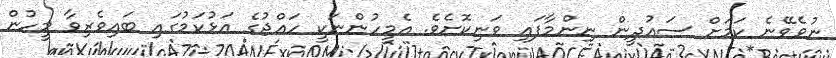
ނުވެވޭނެ ކަމަށް ސައުދީން ނިންމާފައި ވަނިކޮށެވެ. އެމީހުންނަކީ ހައްޖުގެ އަޅުކަމުގައި ބައިވެރިވާ މީހުން